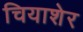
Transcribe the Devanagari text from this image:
चियाशेर